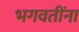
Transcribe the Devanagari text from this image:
भगवतींना